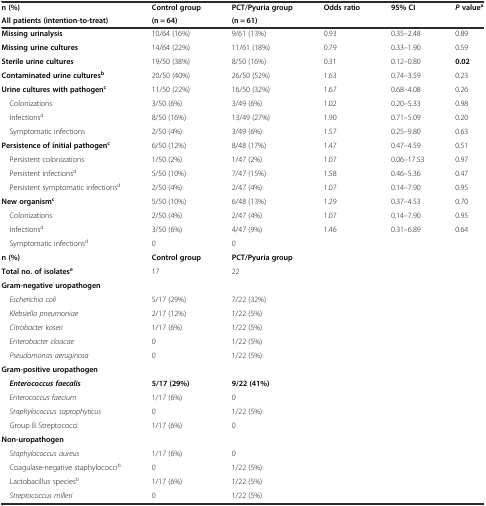
<table><thead><tr><td><b>n (%)</b></td><td><b>Control group</b></td><td><b>PCT/Pyuria group</b></td><td><b>Odds ratio</b></td><td><b>95% CI</b></td><td><b><i>P</i>value<sup>a</sup></b></td></tr><tr><td><b>All patients (intention-to-treat)</b></td><td><b>(n = 64)</b></td><td><b>(n = 61)</b></td><td></td><td></td><td></td></tr></thead><tbody><tr><td><b>Missing urinalysis</b></td><td>10/64 (16%)</td><td>9/61 (13%)</td><td>0.93</td><td>0.35–2.48</td><td>0.89</td></tr><tr><td><b>Missing urine cultures</b></td><td>14/64 (22%)</td><td>11/61 (18%)</td><td>0.79</td><td>0.33–1.90</td><td>0.59</td></tr><tr><td><b>Sterile urine cultures</b></td><td>19/50 (38%)</td><td>8/50 (16%)</td><td>0.31</td><td>0.12–0.80</td><td><b>0.02</b></td></tr><tr><td><b>Contaminated urine cultures</b><sup><b>b</b></sup></td><td>20/50 (40%)</td><td>26/50 (52%)</td><td>1.63</td><td>0.74–3.59</td><td>0.23</td></tr><tr><td><b>Urine cultures with pathogen</b><sup><b>c</b></sup></td><td>11/50 (22%)</td><td>16/50 (32%)</td><td>1.67</td><td>0.68–4.08</td><td>0.26</td></tr><tr><td> Colonizations</td><td>3/50 (6%)</td><td>3/49 (6%)</td><td>1.02</td><td>0.20–5.33</td><td>0.98</td></tr><tr><td> Infections<sup>d</sup></td><td>8/50 (16%)</td><td>13/49 (27%)</td><td>1.90</td><td>0.71–5.09</td><td>0.20</td></tr><tr><td> Symptomatic infections</td><td>2/50 (4%)</td><td>3/49 (6%)</td><td>1.57</td><td>0.25–9.80</td><td>0.63</td></tr><tr><td><b>Persistence of initial pathogen</b><sup><b>c</b></sup></td><td>6/50 (12%)</td><td>8/48 (17%)</td><td>1.47</td><td>0.47–4.59</td><td>0.51</td></tr><tr><td> Persistent colonizations</td><td>1/50 (2%)</td><td>1/47 (2%)</td><td>1.07</td><td>0.06–17.53</td><td>0.97</td></tr><tr><td> Persistent infections<sup>d</sup></td><td>5/50 (10%)</td><td>7/47 (15%)</td><td>1.58</td><td>0.46–5.36</td><td>0.47</td></tr><tr><td> Persistent symptomatic infections<sup>d</sup></td><td>2/50 (4%)</td><td>2/47 (4%)</td><td>1.07</td><td>0.14–7.90</td><td>0.95</td></tr><tr><td><b>New organism</b><sup><b>c</b></sup></td><td>5/50 (10%)</td><td>6/48 (13%)</td><td>1.29</td><td>0.37–4.53</td><td>0.70</td></tr><tr><td> Colonizations</td><td>2/50 (4%)</td><td>2/47 (4%)</td><td>1.07</td><td>0.14–7.90</td><td>0.95</td></tr><tr><td> Infections<sup>d</sup></td><td>3/50 (6%)</td><td>4/47 (9%)</td><td>1.46</td><td>0.31–6.89</td><td>0.64</td></tr><tr><td> Symptomatic infections<sup>d</sup></td><td>0</td><td>0</td><td></td><td></td><td></td></tr><tr><td><b>n (%)</b></td><td><b>Control group</b></td><td><b>PCT/Pyuria group</b></td><td></td><td></td><td></td></tr><tr><td><b>Total no. of isolates</b><sup><b>e</b></sup></td><td>17</td><td>22</td><td></td><td></td><td></td></tr><tr><td><b>Gram-negative uropathogen</b></td><td></td><td></td><td></td><td></td><td></td></tr><tr><td> <i>Escherichia coli</i></td><td>5/17 (29%)</td><td>7/22 (32%)</td><td></td><td></td><td></td></tr><tr><td> <i>Klebsiella pneumoniae</i></td><td>2/17 (12%)</td><td>1/22 (5%)</td><td></td><td></td><td></td></tr><tr><td> <i>Citrobacter koseri</i></td><td>1/17 (6%)</td><td>1/22 (5%)</td><td></td><td></td><td></td></tr><tr><td> <i>Enterobacter cloacae</i></td><td>0</td><td>1/22 (5%)</td><td></td><td></td><td></td></tr><tr><td> <i>Pseudomonas aeruginosa</i></td><td>0</td><td>1/22 (5%)</td><td></td><td></td><td></td></tr><tr><td><b>Gram-positive uropathogen</b></td><td></td><td></td><td></td><td></td><td></td></tr><tr><td> <b><i>Enterococcus faecalis</i></b></td><td><b>5/17 (29%)</b></td><td><b>9/22 (41%)</b></td><td></td><td></td><td></td></tr><tr><td> <i>Enterococcus faecium</i></td><td>1/17 (6%)</td><td>0</td><td></td><td></td><td></td></tr><tr><td> <i>Staphylococcus saprophyticus</i></td><td>0</td><td>1/22 (5%)</td><td></td><td></td><td></td></tr><tr><td> Group B Streptococci</td><td>1/17 (6%)</td><td>0</td><td></td><td></td><td></td></tr><tr><td><b>Non-uropathogen</b></td><td></td><td></td><td></td><td></td><td></td></tr><tr><td> <i>Staphylococcus aureus</i></td><td>1/17 (6%)</td><td>0</td><td></td><td></td><td></td></tr><tr><td> Coagulase-negative staphylococci<sup>b</sup></td><td>0</td><td>1/22 (5%)</td><td></td><td></td><td></td></tr><tr><td> Lactobacillus species<sup>b</sup></td><td>1/17 (6%)</td><td>1/22 (5%)</td><td></td><td></td><td></td></tr><tr><td> <i>Streptococcus milleri</i></td><td>0</td><td>1/22 (5%)</td><td></td><td></td><td></td></tr></tbody></table>